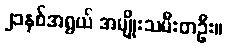
၂၁နှစ်အရွယ် အမျိုးသမီးတဦး။